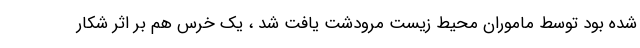
شده بود توسط ماموران محیط زیست مرودشت یافت شد ، یک خرس هم بر اثر شکار